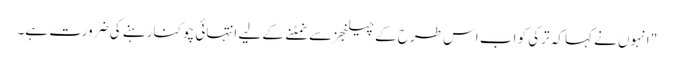
" انہوں نے کہا کہ ترکی کو اب اس طرح کے چیلنجز سے نمٹنے کے لیے انتہائی چوکنا رہنے کی ضرورت ہے۔